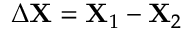
\Delta \mathbf X = \mathbf X _ { 1 } - \mathbf X _ { 2 }